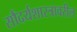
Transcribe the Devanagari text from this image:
सौंदर्यशास्त्रावरील